Indian journal of veterinary science and animal husbandry - Volumes 15-17, 1948-1951
Year: 1948
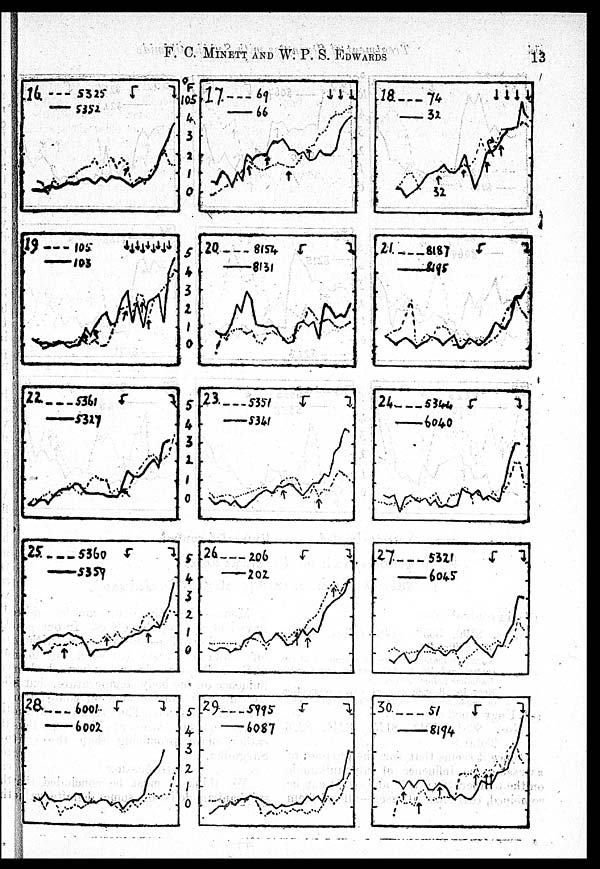
F. C. MINETT AND W. P. S.
EDWARDS
13